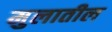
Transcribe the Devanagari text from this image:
मुलातील